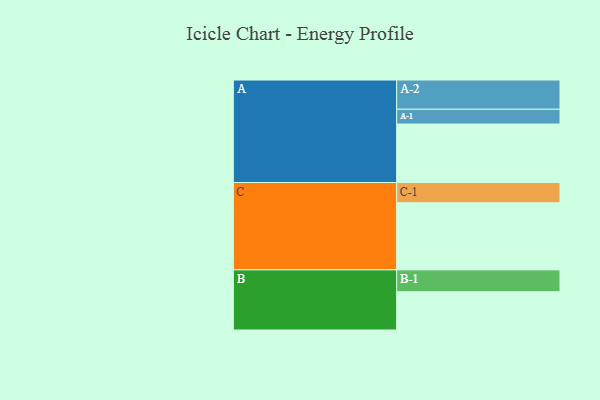
{"axis": {"x": "Segment", "y": "Value"}, "legend": ["", "A", "B", "C"], "data": [{"x": "A", "y": 498, "type": ""}, {"x": "B", "y": 326, "type": ""}, {"x": "C", "y": 571, "type": ""}, {"x": "A-1", "y": 126, "type": "A"}, {"x": "A-2", "y": 249, "type": "A"}, {"x": "B-1", "y": 186, "type": "B"}, {"x": "C-1", "y": 173, "type": "C"}]}